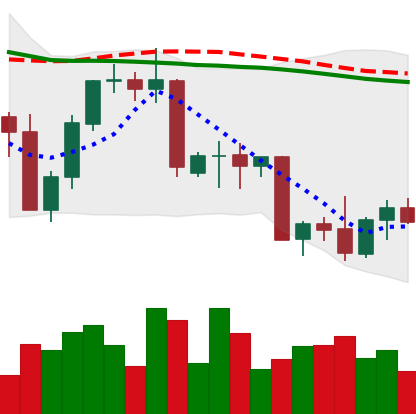
Ticker: NEO-USD
Chart end date: 2022-09-24
Forward return: 4.274%
Label: up_3_5